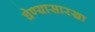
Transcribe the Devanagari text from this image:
घेण्यासारखा